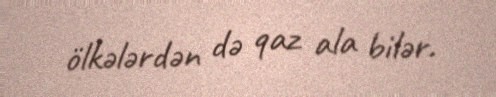
ölkələrdən də qaz ala bilər.